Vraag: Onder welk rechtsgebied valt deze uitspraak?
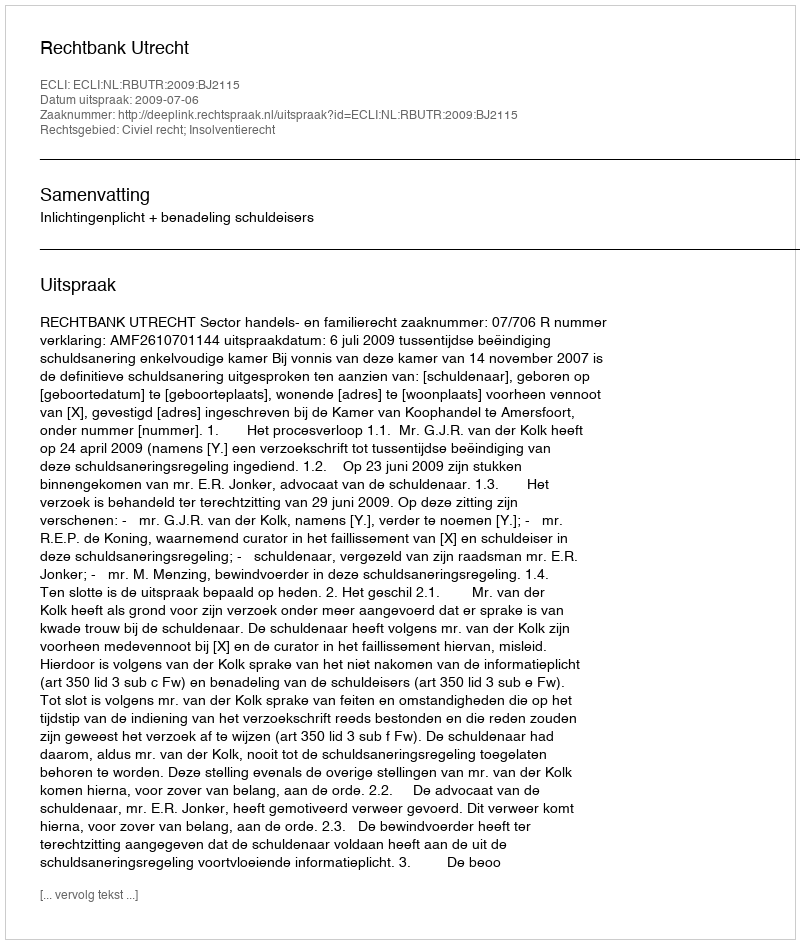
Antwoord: Civiel recht; Insolventierecht